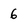
Character: 6